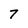
Character: 7